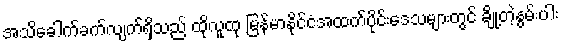
အသိခေါက်ခက်လျက်ရှိသည် ထိုလူထု မြန်မာနိုင်ငံအထက်ပိုင်းဒေသများတွင် ချို့တဲ့နွမ်းပါး